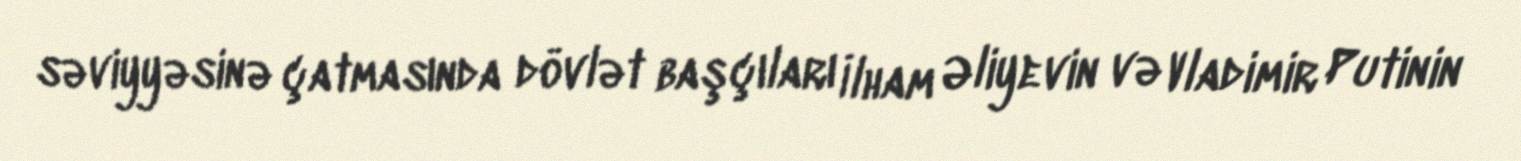
səviyyəsinə çatmasında dövlət başçıları İlham Əliyevin və Vladimir Putinin